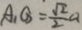
A _ { 1 } G = \frac { \sqrt { 2 } } { 2 } a